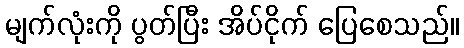
မျက်လုံးကို ပွတ်ပြီး အိပ်ငိုက် ပြေစေသည်။